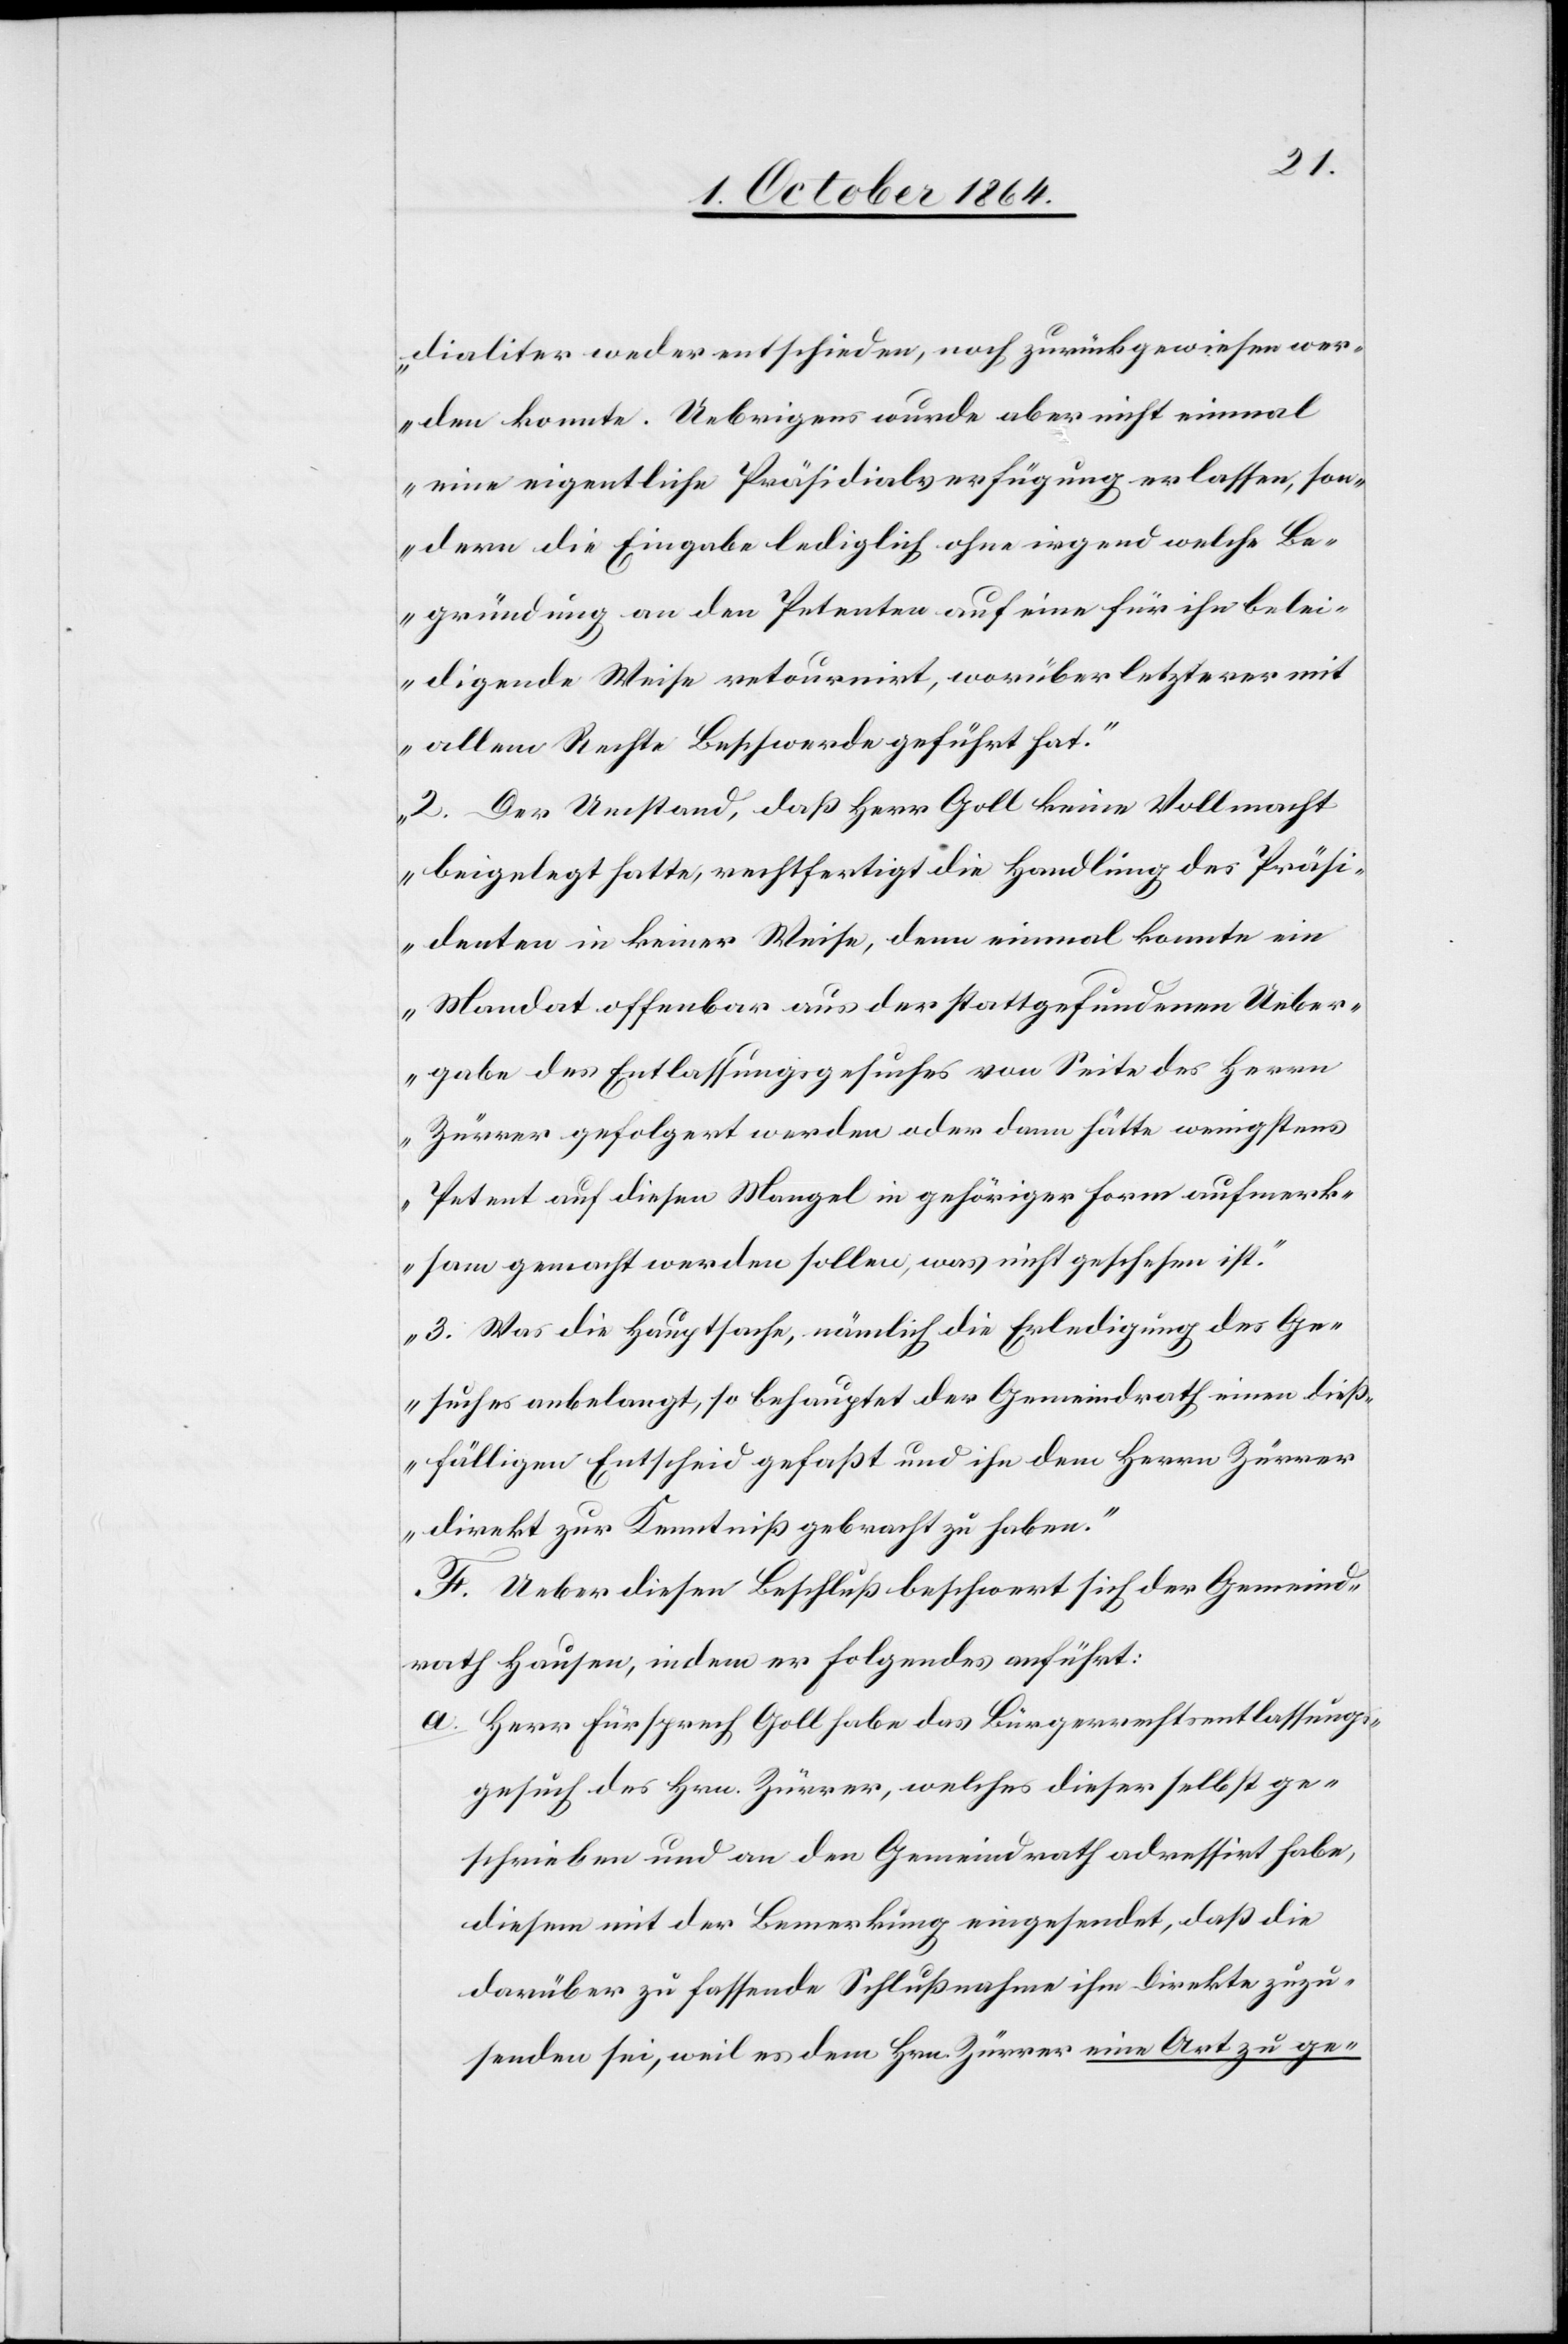
dialiter weder entschieden noch zurückgewiesen wer¬
den konnte. Uebrigens wurde aber nicht einmal
eine eigentliche Präsidialverfügung erlassen, son¬
dern die Eingabe lediglich ohne irgendwelche Be¬
gründung an den Petenten auf eine für ihn belei¬
digende Weise retourniert, worüber letzterer mit
allem Rechte Beschwerde geführt hat.“
„2. Der Umstand, daß Herr Goll keine Vollmacht
beigelegt hatte, rechtfertigt die Handlung des Präsi¬
denten in keiner Weise, denn einmal konnte ein
Mandat offenbar aus der stattgefundenen Ueber¬
gabe des Entlassungsgesuches von Seite des Herrn
Zürrer gefolgert werden oder dann hätte wenigstens
Petent auf diesen Mangel in gehöriger Form aufmerk¬
sam gemacht werden sollen, was nicht geschehen ist.“
„3. Was die Hauptsache, nämlich die Erledigung des Ge¬
suches anbelangt, so behauptet der Gemeindrath einen dieß¬
fälligen Entscheid gefaßt und ihn dem Herrn Zürrer
direkt zur Kenntniß gebracht zu haben.“
F. Ueber diesen Beschluß beschwert sich der Gemeind¬
rath Hausen, indem er folgendes anführt:
a.	Herr Fürsprech Goll habe das Bürgerrechtsentlassungs¬
gesuch des Hrn. Zürrer, welches dieser selbst ge¬
schrieben und an den Gemeindrath adressirt habe,
diesem mit der Bemerkung eingesendet, daß die
darüber zu fassende Schlußnahme ihm direkte zuzu¬
senden sei, weil es dem Hrn. Zürrer eine Art zu ge-